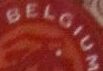
BELGIUM